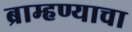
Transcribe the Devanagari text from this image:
ब्राम्हण्याचा